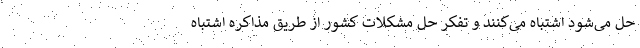
حل می‌شود اشتباه می‌کنند و تفکر حل مشکلات کشور از طریق مذاکره اشتباه